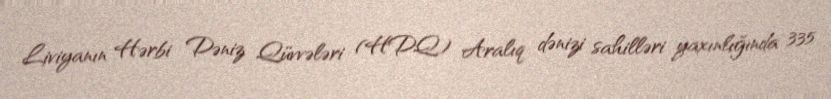
Liviyanın Hərbi Dəniz Qüvvələri (HDQ) Aralıq dənizi sahilləri yaxınlığında 335